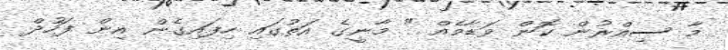
މާ ސިއްރުން ކޮން ވަޑާމެއް " މާނީގެ އަތުގައި ހިފައިގެން އިން ފަހުދް